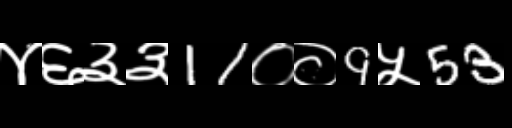
Text: ४६३३11००9५53